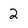
Character: 2